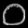
Digit: ၀